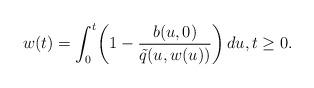
LaTeX: \begin{align*} w(t) = \int_{0}^{t} \biggl(1 -\frac{b(u,0)}{\tilde{q}(u,w(u))} \biggr) \,du,t \ge0.\end{align*}